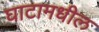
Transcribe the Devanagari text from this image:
घाटामधील